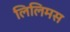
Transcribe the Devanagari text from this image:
लिलिमस